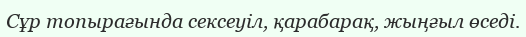
Сұр топырағында сексеуіл, қарабарақ, жыңғыл өседі.